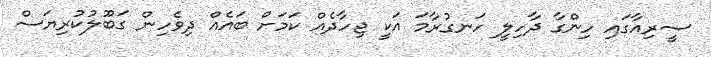
ސީރިއާގައި ހިންގާ ދާހިލީ ހަނގުރާމަ އަކީ ޖިހާދެއް ކަމަށް ބައެއް ދިވެހިން ގަބޫލުކުރިޔަސް